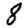
Digit: 8